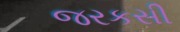
જરકસી